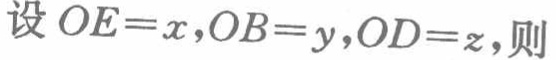
设 \(OE = x,OB = y,OD = z\)，则